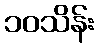
၁၀သိန်း